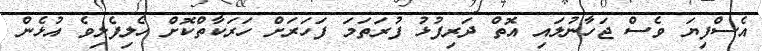
އެސްފިޔަ ވެސް ޖަހާނުލައި އޮތް ދަރިފުޅު ފުރަތަމަ ފަހަރަށް ހަރަކާތްކޮށް ހެލިފެލިވެ އުޅެން